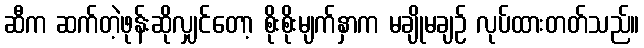
ဆီက ဆက်တဲ့ဖုန်းဆိုလျှင်တော့ စိုးစိုးမျက်နှာက မချိုမချဉ် လုပ်ထားတတ်သည်။